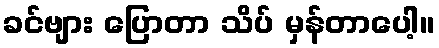
ခင်ဗျား ပြောတာ သိပ် မှန်တာပေါ့။